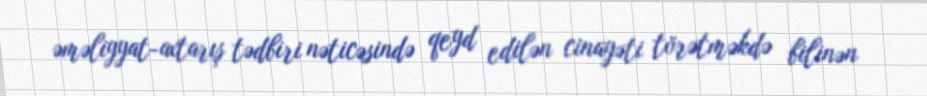
əməliyyat-axtarış tədbiri nəticəsində qeyd edilən cinayəti törətməkdə bilinən